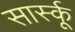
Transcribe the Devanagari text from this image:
सार्स्कू